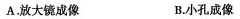
A.放大镜成像 B.小孔成像